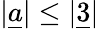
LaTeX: |\underline{{{a}}}|\leq|\underline{{{3}}}|